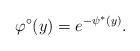
LaTeX: \begin{align*} \varphi^\circ (y) = e^{- \psi^* (y) }. \end{align*}